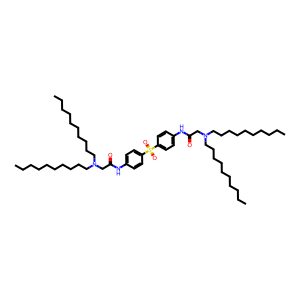
SMILES: CCCCCCCCCCN(CCCCCCCCCC)CC(=O)Nc1ccc(S(=O)(=O)c2ccc(NC(=O)CN(CCCCCCCCCC)CCCCCCCCCC)cc2)cc1
Inhibits HIV replication: No